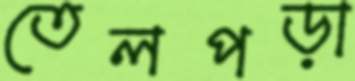
তেলপড়া